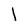
Character: l